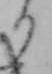
り